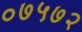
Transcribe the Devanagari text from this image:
०७५७२